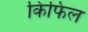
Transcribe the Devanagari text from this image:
किफिल